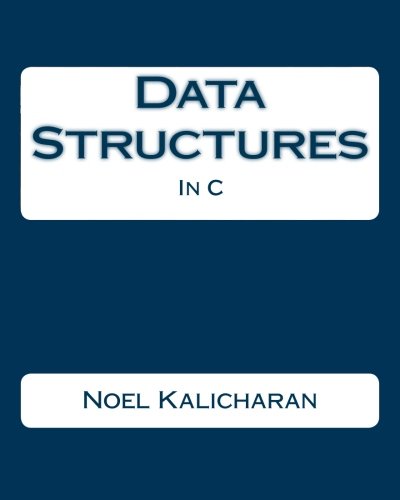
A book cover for Data Structures In C; Noel Kalicharan; Computers & Technology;